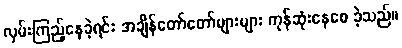
လှမ်းကြည့်နေခဲ့ရင်း အချိန်တော်တော်များများ ကုန်ဆုံးနေစေ ခဲ့သည်။